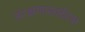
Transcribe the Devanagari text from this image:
संरक्षणासाठीचा